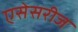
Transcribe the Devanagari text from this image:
एसेसरीज